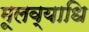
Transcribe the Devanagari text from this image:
मूलव्याधि